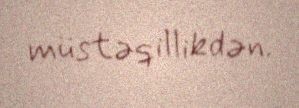
müstəqillikdən.